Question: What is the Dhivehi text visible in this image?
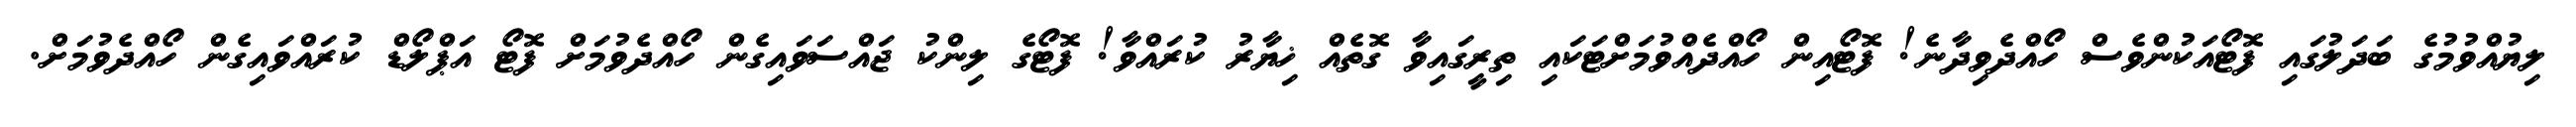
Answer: ލިޔުއްވުމުގެ ބަދަލުގައި ފޮޓޯއަކުންވެސް ހޯއްދެވިދާނެ! ފޮޓޯއިން ހޯއްދެއްވުމަށްޓަކައި ތިރީގައިވާ ގޮތެއް ޚިޔާރު ކުރައްވާ! ފޮޓޯގެ ލިންކު ޖައްސަވައިގެން ހޯއްދެވުމަށް ފޮޓޯ އަޕްލޯޑް ކުރައްވައިގެން ހޯއްދެވުމަށް.